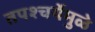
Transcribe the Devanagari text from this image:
तपश्‍चर्येमुळे